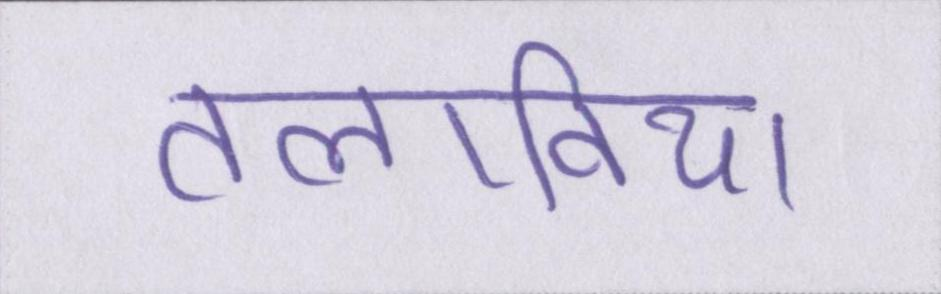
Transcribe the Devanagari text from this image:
तलाविया